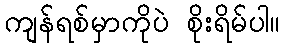
ကျန်ရစ်မှာကိုပဲ စိုးရိမ်ပါ။